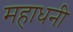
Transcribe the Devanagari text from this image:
महाधनी